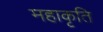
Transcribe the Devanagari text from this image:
महाकृति